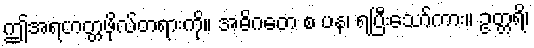
ဤအရဟတ္တဖိုလ်တရားကို။ အဓိဂတေ စ ပန၊ ရပြီးသော်ကား။ ဥတ္တရိ၊